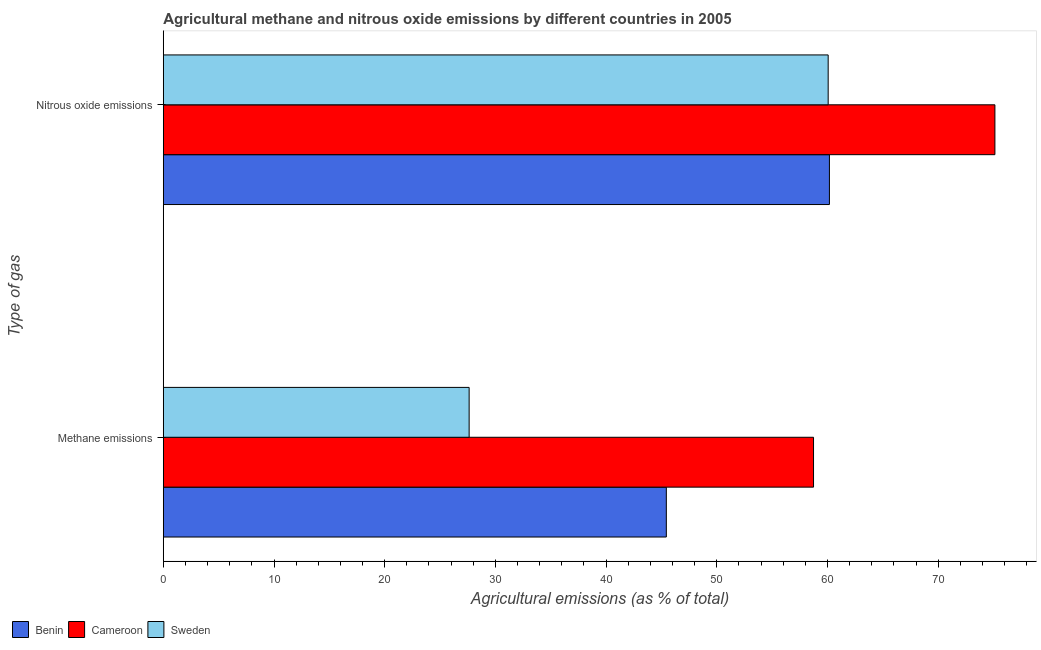
| Type of gas | Benin | Cameroon | Sweden |
 | --- | --- | --- | --- |
 | Methane emissions | 45.4 | 58.7 | 27.6 |
 | Nitrous oxide emissions | 60.2 | 75.1 | 60.1 |